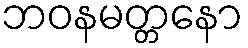
ဘဝနမတ္တနော